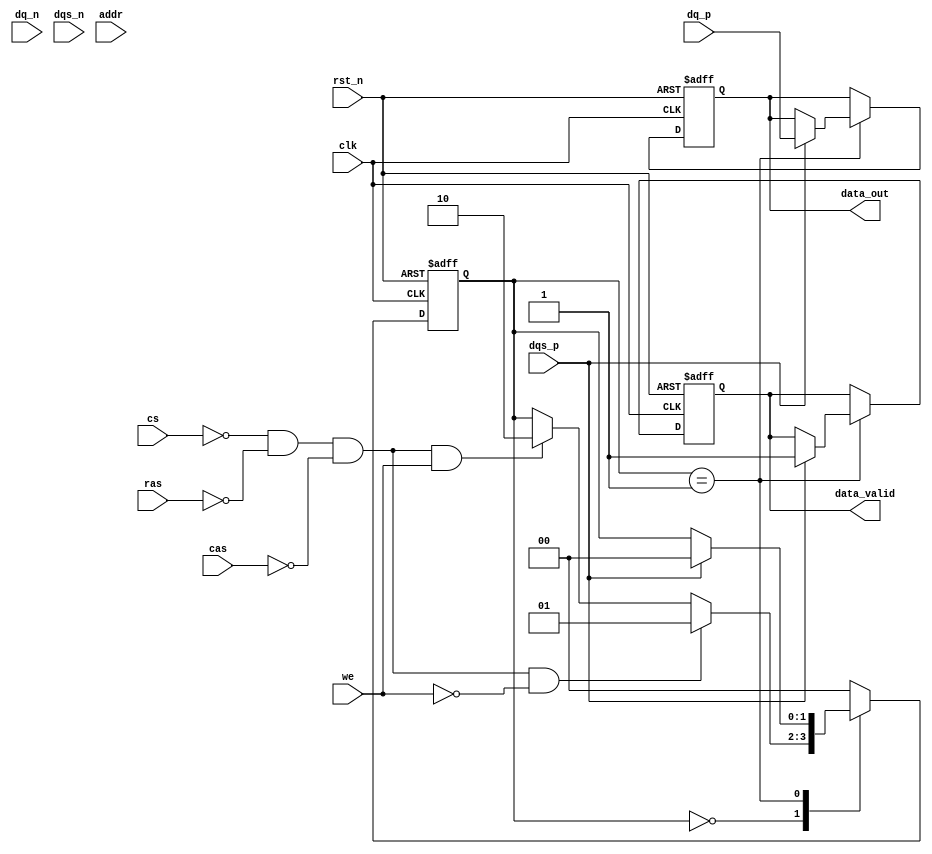
module lpddr_io_block (
    // Differential Data Signals
    input wire [15:0] dq_p,          // Positive data lines
    input wire [15:0] dq_n,          // Negative data lines
    input wire dqs_p,                // Positive DQS signal
    input wire dqs_n,                // Negative DQS signal

    // Control Signals
    input wire cs,                   // Chip Select
    input wire ras,                  // Row Address Strobe
    input wire cas,                  // Column Address Strobe
    input wire we,                   // Write Enable
    input wire [12:0] addr,          // Address lines

    // Clock and Reset
    input wire clk,                  // Clock signal
    input wire rst_n,                // Active low reset

    // Status Signals
    output reg [15:0] data_out,      // Data output
    output reg data_valid            // Data valid signal
);

// Internal signals
reg [15:0] data_in;                // Data input register
reg [1:0] state;                   // State machine for read/write operations
reg [3:0] delay_counter;           // Delay counter for timing control

// State encoding
localparam IDLE      = 2'b00;
localparam READ      = 2'b01;
localparam WRITE     = 2'b10;

// I/O Buffer Simulation
always @(posedge clk or negedge rst_n) begin
    if (!rst_n) begin
        data_out <= 16'b0;
        data_valid <= 1'b0;
        state <= IDLE;
        delay_counter <= 4'b0;
    end else begin
        case (state)
            IDLE: begin
                if (!cs && !ras && !cas && !we) begin
                    // Read Command
                    state <= READ;
                end else if (!cs && !ras && !cas && we) begin
                    // Write Command
                    state <= WRITE;
                end
            end
            
            READ: begin
                // Wait for DQS to indicate valid data
                if (dqs_p) begin
                    data_out <= {dq_p[15:0]}; // Capture data from positive data lines
                    data_valid <= 1'b1; // Data is valid
                    state <= IDLE; // Go back to IDLE
                end
            end
            
            WRITE: begin
                // Write data to DQ lines (simulation)
                data_in <= data_out; // Assume data_out is already set
                // Here you would drive dq_p and dq_n with data_in
                state <= IDLE; // Go back to IDLE
            end
            
            default: state <= IDLE; // Safety case
        endcase
    end
end

// Power Management Logic (simplified)
always @(posedge clk or negedge rst_n) begin
    if (!rst_n) begin
        // Initialize power management states
    end else begin
        // Implement low power modes and dynamic voltage scaling here
    end
end

// Timing Control Logic (simplified)
always @(posedge clk) begin
    if (state == READ || state == WRITE) begin
        // Implement timing controls for setup, hold, and access times
        delay_counter <= delay_counter + 1;
    end
end

endmodule